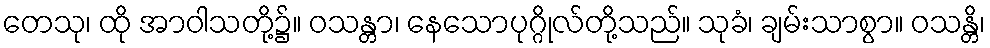
တေသု၊ ထို အာဝါသတို့၌။ ဝသန္တာ၊ နေသောပုဂ္ဂိုလ်တို့သည်။ သုခံ၊ ချမ်းသာစွာ။ ဝသန္တိ၊